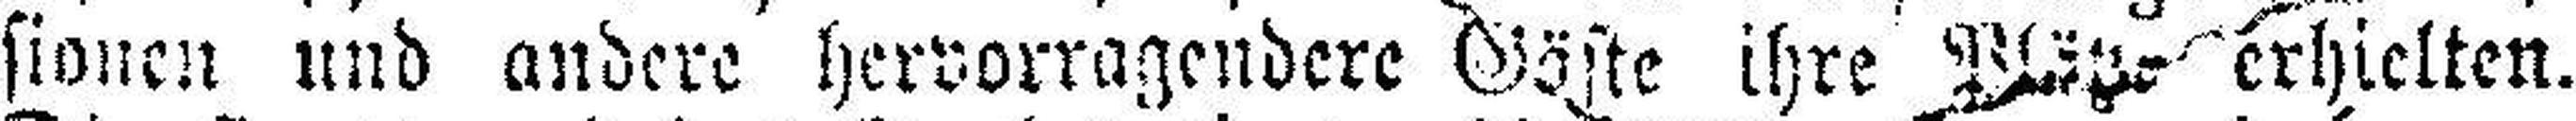
sionen und andere hervorragendere Gäste ihre Plätz erhielten.